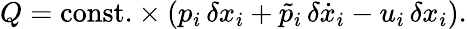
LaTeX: Q=\mathrm{const.}\times(p_{i}\, \delta x_{i}+\tilde{p}_{i}\, \delta\dot{x}_{i}-u_{i}\, \delta x_{i}).